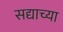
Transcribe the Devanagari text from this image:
सद्याच्या